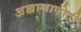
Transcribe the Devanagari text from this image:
अ़ज्ञानापोटी